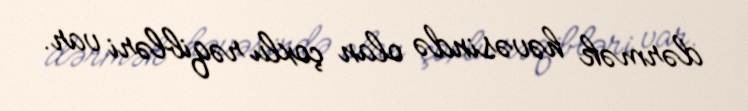
dərmək həvəsində olan çoxlu rəqibləri var.